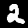
Digit: 2